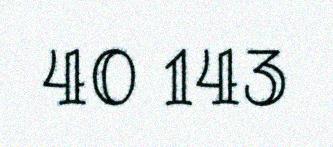
40 143